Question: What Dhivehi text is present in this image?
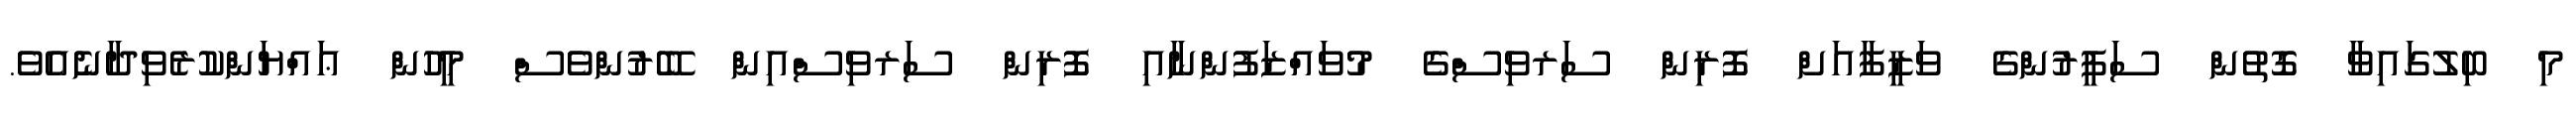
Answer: މި ބިލުގައިވާ ގޮތުން ސަފީރުންގެ ވަޒީފާއަށް ފޮރިން ސަރވިސްގެ މުވައްޒަފުންނާއި ފޮރިން ސަރވިސްއިން ބޭރުންވެސް މީހުން ޢައްޔަންކުރެވިދާނެއެވެ.